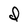
Character: d